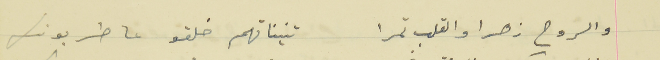
والروح زهرا والقلب تمرا                                            تنيناتهم خلقو عا طربونك